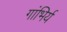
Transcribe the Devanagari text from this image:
गांभिर्य